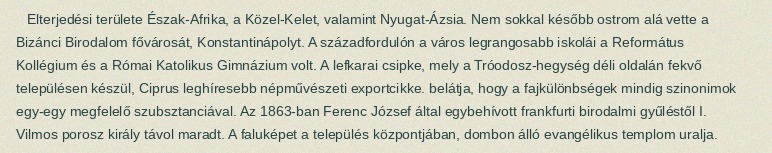
Elterjedési területe Észak-Afrika, a Közel-Kelet, valamint Nyugat-Ázsia. Nem sokkal később ostrom alá vette a Bizánci Birodalom fővárosát, Konstantinápolyt. A századfordulón a város legrangosabb iskolái a Református Kollégium és a Római Katolikus Gimnázium volt. A lefkarai csipke, mely a Tróodosz-hegység déli oldalán fekvő településen készül, Ciprus leghíresebb népművészeti exportcikke. belátja, hogy a fajkülönbségek mindig szinonimok egy-egy megfelelő szubsztanciával. Az 1863-ban Ferenc József által egybehívott frankfurti birodalmi gyűléstől I. Vilmos porosz király távol maradt. A faluképet a település központjában, dombon álló evangélikus templom uralja.